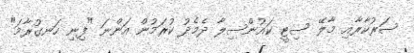
ސަރުކާރާއި މާލޭ ސިޓީ ކައުންސިލާ ދެމެދު ކުރަމުން އަންނަ "ފިނި ހަނގުރާމަ"